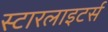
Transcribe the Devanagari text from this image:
स्टारलाइटर्स